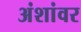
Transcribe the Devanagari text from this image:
अंशांवर